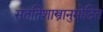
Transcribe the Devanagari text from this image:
संततिशास्त्रानुमोदित